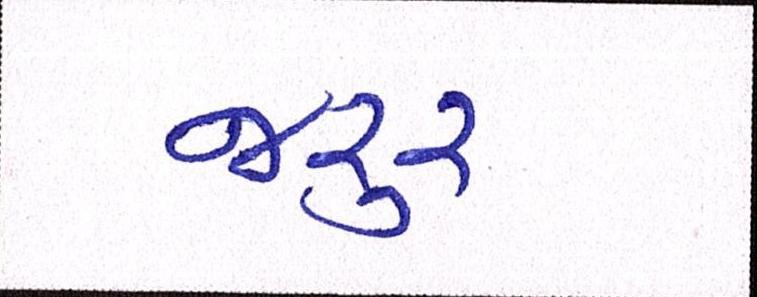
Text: જરૃર